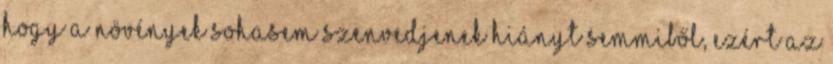
hogy a növények sohasem szenvedjenek hiányt semmiből, ezért az